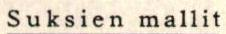
Suksien mallit